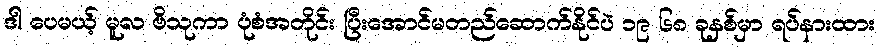
ဒါ ပေမယ့် မူလ ဗိသုကာ ပုံစံအတိုင်း ပြီးအောင်မတည်ဆောက်နိုင်ပဲ ၁၉ ၆၈ ခုနှစ်မှာ ရပ်နားထား